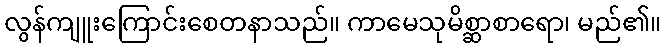
လွန်ကျူးကြောင်းစေတနာသည်။ ကာမေသုမိစ္ဆာစာရော၊ မည်၏။